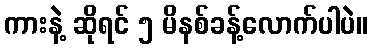
ကားနဲ့ ဆိုရင် ၅ မိနစ်ခန့်လောက်ပါပဲ။